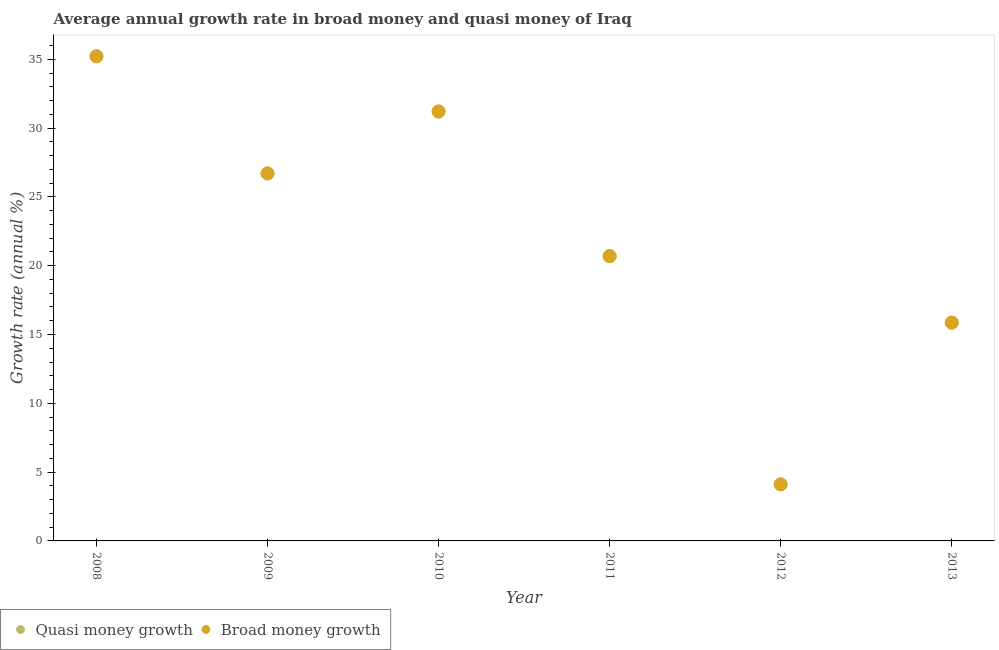
| Year | Quasi money growth | Broad money growth |
 | --- | --- | --- |
 | 2008 | 35.2 | 35.2 |
 | 2009 | 26.7 | 26.7 |
 | 2010 | 31.2 | 31.2 |
 | 2011 | 20.7 | 20.7 |
 | 2012 | 4.11 | 4.11 |
 | 2013 | 15.9 | 15.9 |